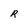
Character: R